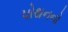
પોથનનો